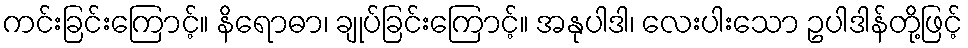
ကင်းခြင်းကြောင့်။ နိရောဓာ၊ ချုပ်ခြင်းကြောင့်။ အနုပါဒါ၊ လေးပါးသော ဥပါဒါန်တို့ဖြင့်